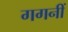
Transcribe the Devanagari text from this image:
गगनीं